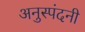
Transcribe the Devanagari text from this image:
अनुस्पंदनी